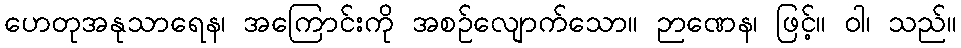
ဟေတုအနုသာရေန၊ အကြောင်းကို အစဉ်လျောက်သော။ ဉာဏေန၊ ဖြင့်။ ဝါ၊ သည်။